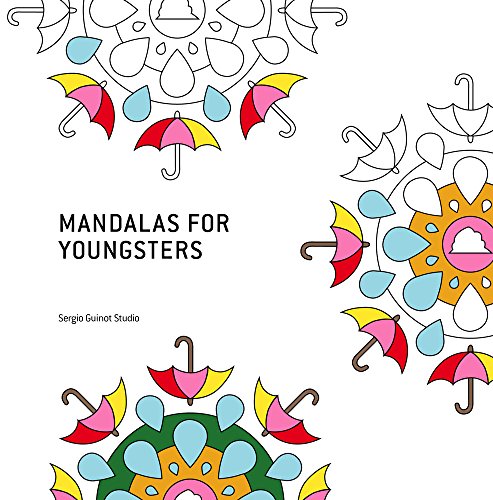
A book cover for Mandalas for Youngsters: Coloring Book; Sergio Guinot; Children's Books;